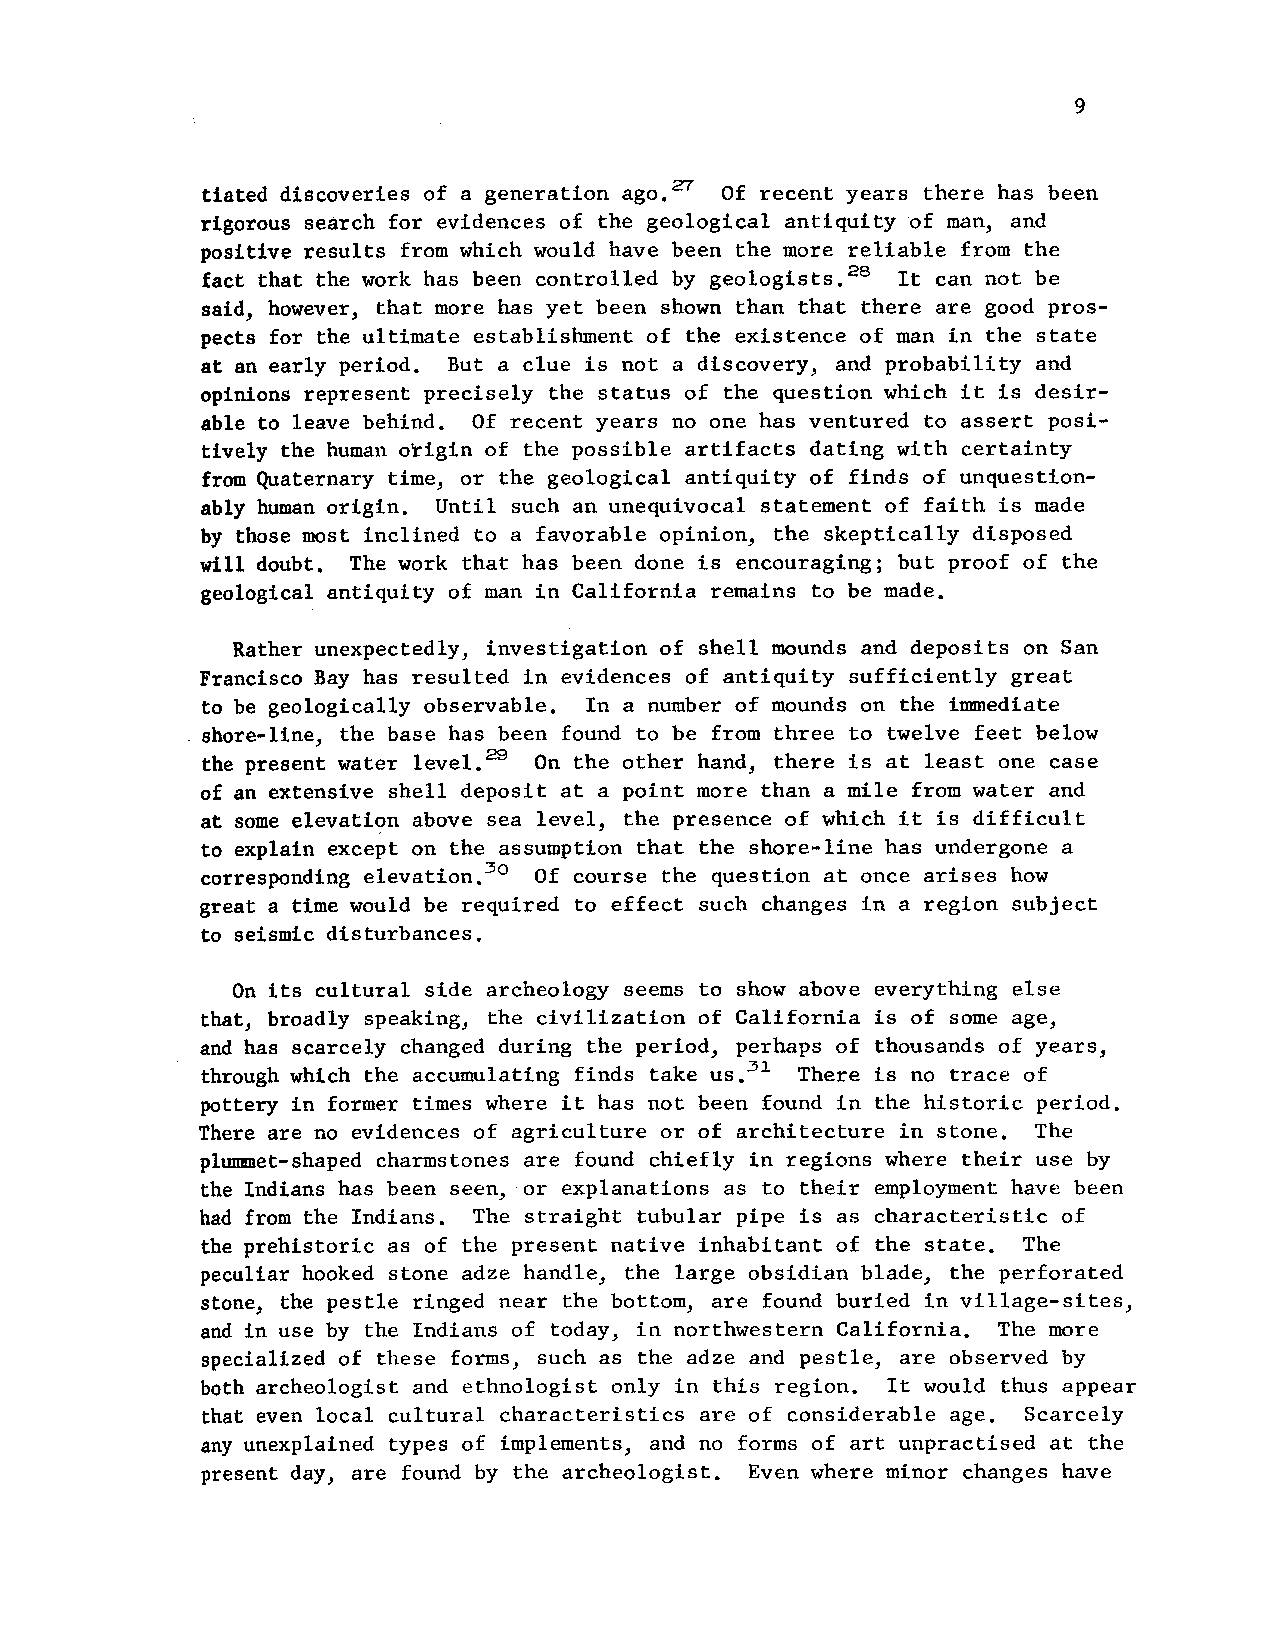
9
 tiated discoveries of a generation ago.2'7 Of recent years there has been
 rigorous search for evidences of the geological antiquity of man, and
 positive results from which would have been the more reliable from the
 fact that the work has been controlled by geologists.28 It can not be
 said, however, that more has yet been shown than that there are good pros-
 pects for the ultimate establishment of the existence of man in the state
 at an early period. But a clue is not a discovery, and probability and
 opinions represent precisely the status of the question which it is desir-
 able to leave behind. Of recent years no one has ventured to assert posi-
 tively the human otigin of the possible artifacts dating with certainty
 from Quaternary time, or the geological antiquity of finds of unquestion-
 ably human origin. Until such an unequivocal statement of faith is made
 by those most inclined to a favorable opinion, the skeptically disposed
 will doubt. The work that has been done is encouraging; but proof of the
 geological antiquity of man in California remains to be made.
 Rather unexpectedly, investigation of shell mounds and deposits on San
 Francisco Bay has resulted in evidences of antiquity sufficiently great
 to be geologically observable. In a number of mounds on the immediate
 shore-line., the base has been found to be from three to twelve feet below
 the present water level."9 On the other hand, there is at least one case
 of an extensive shell deposit at a point more than a mile from water and
 at some elevation above sea level, the presence of which it is difficult
 to explain except on the assumption that the shore-line has undergone a
 corresponding elevation.30 Of course the question at once arises how
 great a time would be required to effect such changes in a region subject
 to seismic disturbances.
 On its cultural side archeology seems to show above everything else
 that, broadly speaking, the civilization of California is of some age,
 and has scarcely changed during the period, perhaps of thousands of years,
 through which the accumulating finds take us.31 There is no trace of
 pottery in former times where it has not been found in the historic period.
 There are no evidences of agriculture or of architecture in stone. The
 plimmet-shaped charmstones are found chiefly in regions where their use by
 the Indians has been seen, or explanations as to their employment have been
 had from the Indians. The straight tubular pipe is as characteristic of
 the prehistoric as of the present native inhabitant of the state. The
 peculiar hooked stone adze handle, the large obsidian blade., the perforated
 stone, the pestle ringed near the bottom, are found buried in village-sites,
 and in use by the Indians of today, in northwestern California. The more
 specialized of these forms, such as the adze and pestle, are observed by
 both archeologist and ethnologist only in this region. It would thus appear
 that even local cultural characteristics are of considerable age. Scarcely
 any unexplained types of implements, and no forms of art unpractised at the
 present day, are found by the archeologist. Even where minor changes have